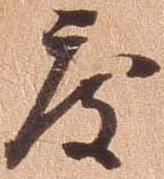
度